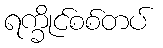
ရက္ခိုင်စစ်တပ်